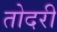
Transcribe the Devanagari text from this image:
तोदरी